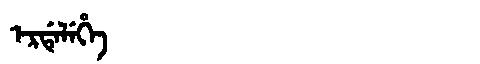
Manchu: ᡝᡵᡩᡝᠯᡝᡥᡝ
Romanization: ERDELEHE